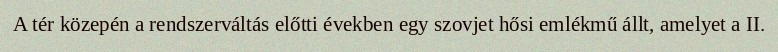
A tér közepén a rendszerváltás előtti években egy szovjet hősi emlékmű állt, amelyet a II.